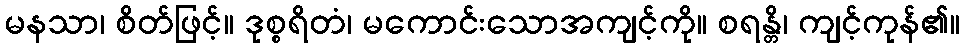
မနသာ၊ စိတ်ဖြင့်။ ဒုစ္စရိတံ၊ မကောင်းသောအကျင့်ကို။ စရန္တိ၊ ကျင့်ကုန်၏။